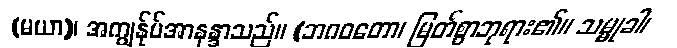
(မယာ)၊ အကျွန်ုပ်အာနန္ဒာသည်။ (ဘဂဝတော၊ မြတ်စွာဘုရား၏။ သမ္မုခါ၊